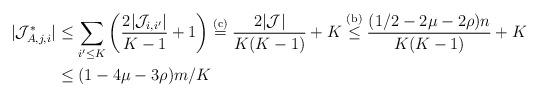
LaTeX: \begin{align*}|\mathcal{J}^*_{A,j,i}| & \le \sum_{i' \le K}\left(\frac{2|\mathcal J_{i,i'}|}{K-1}+1 \right) \overset{{\rm (c)}}{=} \frac{2|\mathcal J|}{K(K-1)}+K \overset{{\rm (b)}}{\le} \frac{(1/2 - 2\mu - 2\rho) n}{K(K-1)} + K \\& \le (1-4 \mu - 3 \rho) m/K\end{align*}